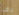
راى